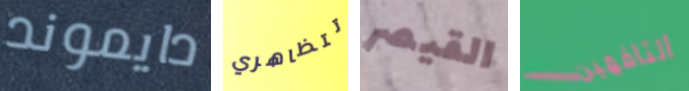
دايموند تتظاهري القيصر التافهين